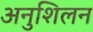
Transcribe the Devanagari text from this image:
अनुशिलन